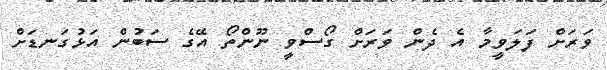
ވަރަށް ފަލަވީމާ އެ ދެން ވަރަށް ގޯސްވީ ނޫންތޯ އޭގެ ސަބުން އަޅުގަނޑަށް